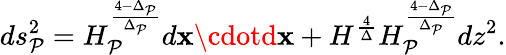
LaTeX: ds_{\mathcal{P}}^{2}=H_{\mathcal{P}}^{\frac{{4-\Delta_{\mathcal{P}}}}{{\Delta_{\mathcal{P}}}}}d{\mathbf{x}}\cdotd{\mathbf{x}}+H^{\frac{{4}}{{\Delta}}}H_{\mathcal{P}}^{\frac{{4-\Delta_{\mathcal{P}}}}{{\Delta_{\mathcal{P}}}}}dz^{2}.